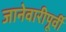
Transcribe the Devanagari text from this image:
जानेवारीपूर्वी